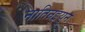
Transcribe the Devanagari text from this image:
नातिन्रइयुन